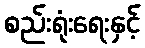
စည်းရုံးရေးနှင့်